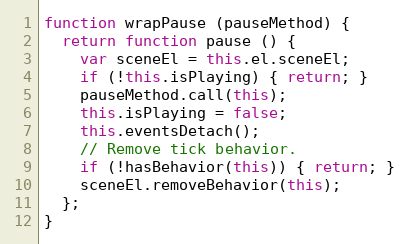
Language: JavaScript
function wrapPause (pauseMethod) {
  return function pause () {
    var sceneEl = this.el.sceneEl;
    if (!this.isPlaying) { return; }
    pauseMethod.call(this);
    this.isPlaying = false;
    this.eventsDetach();
    // Remove tick behavior.
    if (!hasBehavior(this)) { return; }
    sceneEl.removeBehavior(this);
  };
}